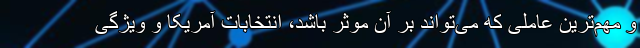
و مهم‌ترین عاملی که می‌تواند بر آن موثر باشد، انتخابات آمریکا و ویژگی